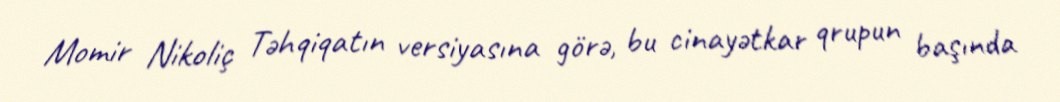
Momir Nikoliç Təhqiqatın versiyasına görə, bu cinayətkar qrupun başında